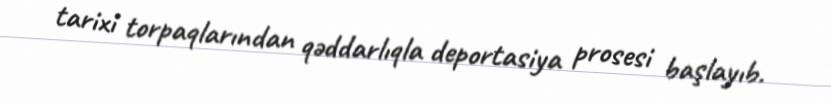
tarixi torpaqlarından qəddarlıqla deportasiya prosesi başlayıb.